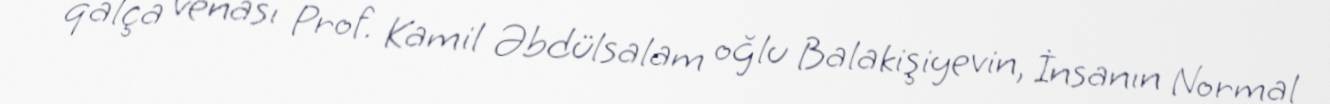
qalça venası Prof. Kamil Əbdülsalam oğlu Balakişiyevin, İnsanın Normal